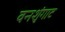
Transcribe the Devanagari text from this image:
वनशृंगाट